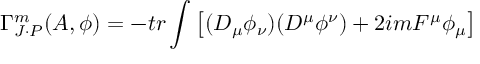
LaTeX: \Gamma _ { J \cdot P } ^ { m } ( A , \phi ) = - t r \int \left[ ( D _ { \mu } \phi _ { \nu } ) ( D ^ { \mu } \phi ^ { \nu } ) + 2 i m F ^ { \mu } \phi _ { \mu } \right]